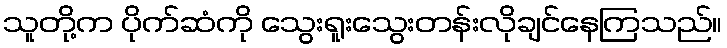
သူတို့က ပိုက်ဆံကို သွေးရူးသွေးတန်းလိုချင်နေကြသည်။